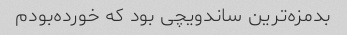
بدمزه‌ترین ساندویچی بود که خورده‌بودم